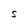
Character: S